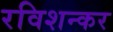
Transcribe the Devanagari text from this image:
रविशन्कर